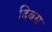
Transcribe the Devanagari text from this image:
दिबस